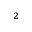
_ { 2 }